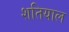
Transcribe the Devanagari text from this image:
शतियाल